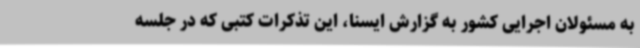
به مسئولان اجرایی کشور به گزارش ایسنا، این تذکرات کتبی که در جلسه